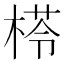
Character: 𣕵